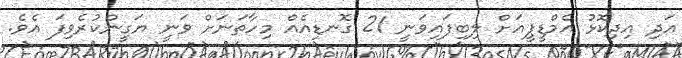
އަދި އިދިކޮޅު އެމްޑީޕީއަށް ލިބިފައިވަނީ 21 ގޮނޑިއެއް މިހާތަނަށް ވަނީ ޔަގީންކުރެވިފަ އެވެ.